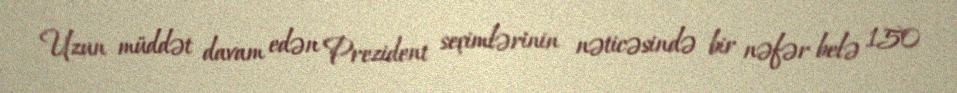
Uzun müddət davam edən Prezident seçimlərinin nəticəsində bir nəfər belə 150